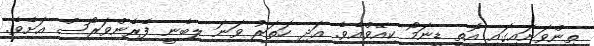
ތިންވަނައިގައި އޮތީ ޑީނަމޯ ކިއޭވްއެވެ. އަދި ހަތަރު ވަނަ ލިބެނީ ފެރެންވަރޯސް އަށެވެ.